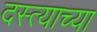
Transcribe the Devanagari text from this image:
दस्त्याच्या